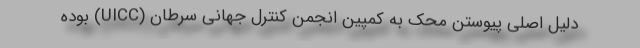
دلیل اصلی پیوستن محک به کمپین انجمن کنترل جهانی سرطان (UICC) بوده